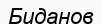
Биданов